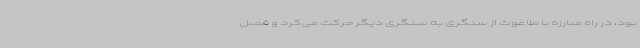
بود، در راه مبارزه با طاغوت از سنگری به سنگری دیگر حرکت می‌کرد و فصل